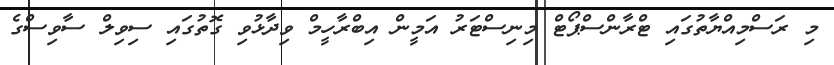
މި ރަސްމިއްޔާތުގައި ޓްރާންސްޕޯޓް މިނިސްޓަރު އަމީން އިބްރާހީމް ވިދާޅުވި ގޮތުގައި ސިވިލް ސާވިސްގެ